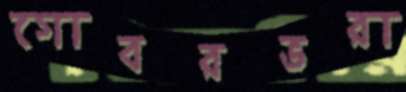
গোবরভরা